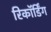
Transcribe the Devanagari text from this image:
रिकॉर्डिंग